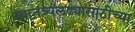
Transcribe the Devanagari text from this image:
स्वातंत्र्यलढ्यासाठीच्या